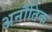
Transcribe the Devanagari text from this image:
अनौतिक